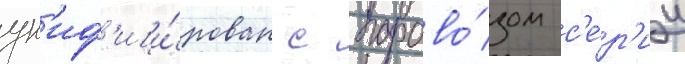
ун'иф'ици́рован с парово́зом с'е́р'ии